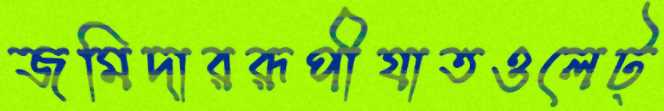
জমিদাররূপীযাতওলেট্